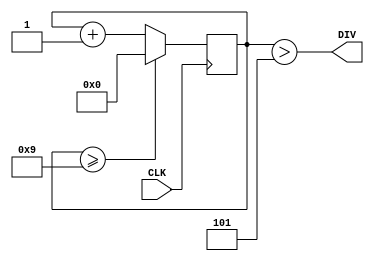
`timescale 1ns / 1ps
module ClkDiv(CLK,DIV);

	parameter SPLIT = 10;
	parameter HALF = SPLIT / 2;
	
	input CLK;
	output DIV;
	reg [31:0] cnt = 0;
	
	assign DIV = (cnt > HALF);
	
	always @(posedge CLK)
	begin
		cnt <= (cnt >= SPLIT - 1) ? 0 : cnt + 1;
	end

endmodule